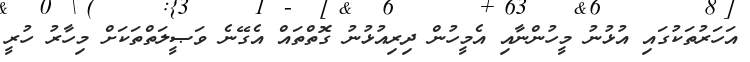
އަހަރުތަކުގައި އުޅުނު މީހުންނާއި އެމީހުން ދިރިއުޅުނު ގޮތްތައް އެގޭނެ ވަޞީލަތްތަކަށް މިހާރު ހުރީ